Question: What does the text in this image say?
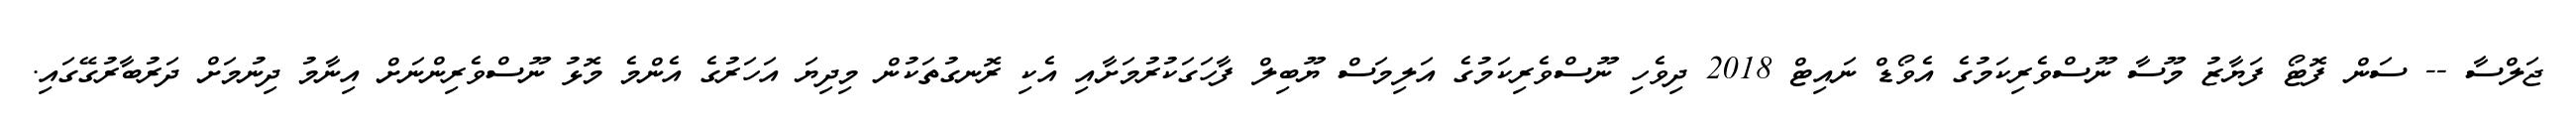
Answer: ޖަލްސާ -- ސަން ފޮޓޯ ފަޔާޒު މޫސާ ނޫސްވެރިކަމުގެ އެވޯޑް ނައިޓް 2018 ދިވެހި ނޫސްވެރިކަމުގެ އަލިމަސް ޔޫބިލް ފާހަގަކުރުމަށާއި އެކި ރޮނގުތަކުން މިދިޔަ އަހަރުގެ އެންމެ މޮޅު ނޫސްވެރިންނަށް އިނާމު ދިނުމަށް ދަރުބާރުގޭގައި.